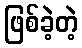
ဖြစ်ခဲ့တဲ့